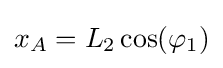
x_{A}=L_{2}\cos(\varphi _{1})